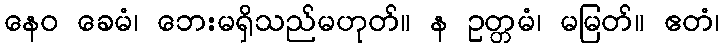
နေဝ ခေမံ၊ ဘေးမရှိသည်မဟုတ်။ န ဥတ္တမံ၊ မမြတ်။ ဧတံ၊